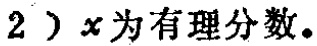
2）$x$为有理分数。